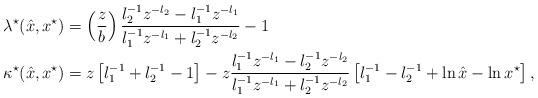
LaTeX: \begin{align*}\lambda^\star(\hat{x},x^{\star})&= \left(\frac{z}{b}\right)\frac{l_2^{-1}z^{-l_2}-l_1^{-1}z^{-l_1}}{l_1^{-1}z^{-l_1}+l_2^{-1}z^{-l_2}}-1 \\\kappa^\star(\hat{x},x^{\star})&=z\left[l_1^{-1}+l_2^{-1}-1\right]-z\frac{l_1^{-1}z^{-l_1}-l_2^{-1}z^{-l_2}}{l_1^{-1}z^{-l_1}+l_2^{-1}z^{-l_2}}\left[l_1^{-1}-l_2^{-1}+\ln{\hat{x}}-\ln{x^\star}\right], \end{align*}